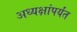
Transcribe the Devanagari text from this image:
अध्यक्षांपर्यंत